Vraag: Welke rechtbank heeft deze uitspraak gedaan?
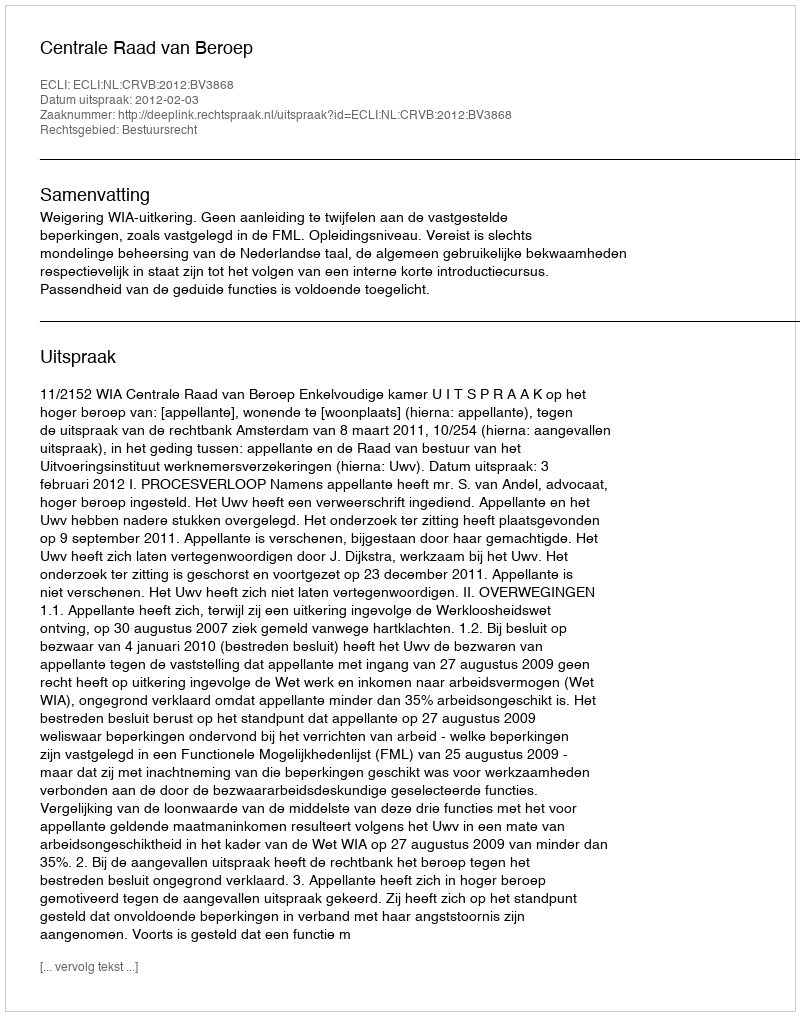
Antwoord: Centrale Raad van Beroep